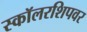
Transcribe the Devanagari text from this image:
स्कॉलरशिपवर